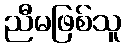
ညီမဖြစ်သူ